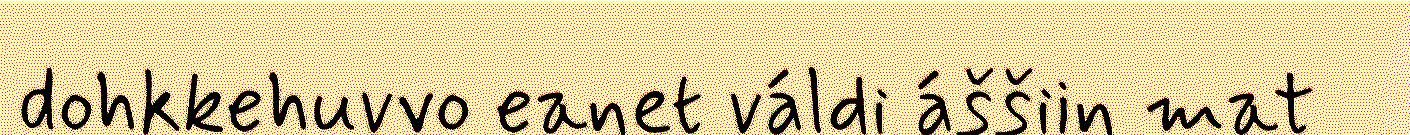
dohkkehuvvo eanet váldi áššiin mat